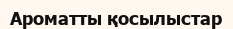
Ароматты қосылыстар